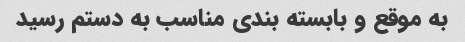
به موقع و بابسته بندی مناسب به دستم رسید